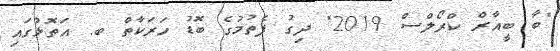
"ބާ ބީއާރް ކްރޯލްސް 2019" ދިގު ފެތުމުގެ ބޮޑު ހަރަކާތް ބ. އަތޮޅުގައި